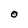
Character: O